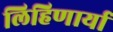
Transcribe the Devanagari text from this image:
लिहिणार्या